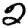
Digit: 2